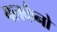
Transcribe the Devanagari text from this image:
बलकैनो